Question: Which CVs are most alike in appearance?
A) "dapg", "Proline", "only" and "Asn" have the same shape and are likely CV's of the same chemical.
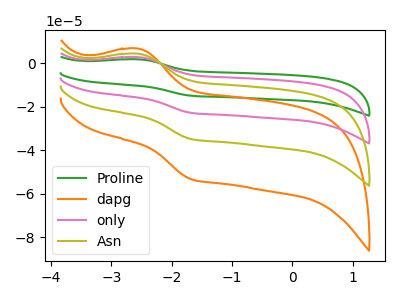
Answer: <think>The green curve "Proline" has an anodic peak at (-2.55V, 13.30uA) and a cathodic peak at (-1.70V, -104.15uA). The orange curve "dapg" has an anodic peak at (-2.55V, 6.80uA) and a cathodic peak at (-1.70V, -53.10uA). The pink curve "only" has an anodic peak at (-2.55V, 8.85uA) and a cathodic peak at (-1.70V, -69.45uA). The olive curve "Asn" has an anodic peak at (-2.55V, 4.45uA) and a cathodic peak at (-1.70V, -34.70uA).
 All the peaks in "Proline" have a peak in "dapg" at the same potential. Every peak in "Proline" is higher than every peak in "dapg". All the peaks in "Proline" have a peak in "only" at the same potential. Every peak in "Proline" is higher than every peak in "only". All the peaks in "Proline" have a peak in "Asn" at the same potential. Every peak in "Proline" is higher than every peak in "Asn". All the peaks in "dapg" have a peak in "only" at the same potential. Every peak in "dapg" is lower than every peak in "only". All the peaks in "dapg" have a peak in "Asn" at the same potential. Every peak in "dapg" is higher than every peak in "Asn". All the peaks in "only" have a peak in "Asn" at the same potential. Every peak in "only" is higher than every peak in "Asn".</think>
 <answer>A) "dapg", "Proline", "only" and "Asn" have the same shape and are likely CV's of the same chemical.</answer>
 <eval>A</eval>